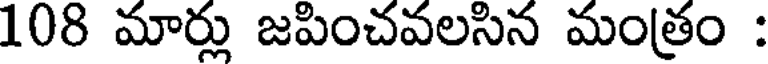
108 మార్లు జపించవలసిన మంత్రం :